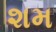
શમ